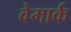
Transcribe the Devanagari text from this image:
वेमार्क